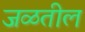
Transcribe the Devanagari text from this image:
जळतील